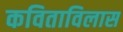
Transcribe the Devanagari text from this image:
कविताविलास